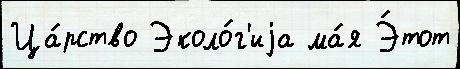
Ца́рство Эколо́г'иjа ма́я Э́тот